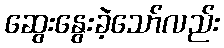
ဆွေးနွေးခဲ့သော်လည်း